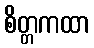
စိတ္တကထာ